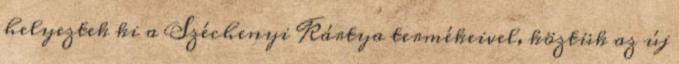
helyeztek ki a Széchenyi Kártya termékeivel, köztük az új